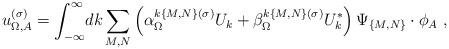
LaTeX: \begin{align*}u_{\Omega,A}^{(\sigma)}=\int_{-\infty}^\infty\! dk \sum_{M,N}\left(\alpha_{\Omega}^{k\{M,N\}(\sigma)} U_{k}+\beta_{\Omega}^{k\{M,N\}(\sigma)} U_{k}^*\right)\Psi_{\{M,N\}}\cdot\phi_A\ ,\end{align*}